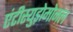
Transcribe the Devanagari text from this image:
एंटीस्युड़ोमोनल